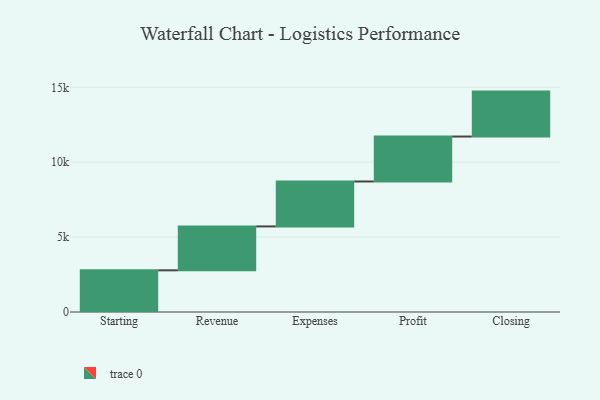
{"axis": {"x": "Step", "y": "Value"}, "legend": [""], "data": [{"x": "Starting", "y": 2782.0, "type": ""}, {"x": "Revenue", "y": 2931.0, "type": ""}, {"x": "Expenses", "y": 3000, "type": ""}, {"x": "Profit", "y": 3000, "type": ""}, {"x": "Closing", "y": 3000, "type": ""}]}